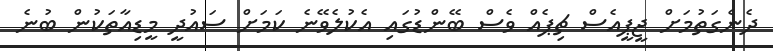
ދެނެގަތުމަށް ޖީޕީއެސް ޗިޕެއް ވެސް ބޭންޑުގައި އެކުލެވޭނެ ކަމަށް ސައުދީ މީޑިއާތަކުން ބުނެ